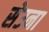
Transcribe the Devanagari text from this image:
सेउना